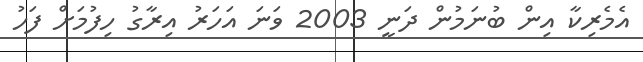
އެމެރިކާ އިން ބުނަމުން ދަނީ 2003 ވަނަ އަހަރު އިރާގު ހިފުމަށް ފަހު